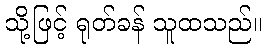
သို့ဖြင့် ရုတ်ခန် သူထသည်။